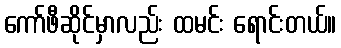
ကော်ဖီဆိုင်မှာလည်း ထမင်း ရောင်းတယ်။